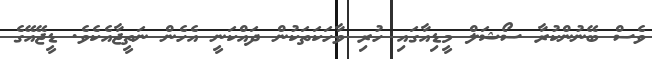
ވެސް ބޭނުންކުރާ ސޯޝަލް މީޑިއާގައި ހުރި ވާހަކަތަކުން ދައްކަނީ އެހެން ނަތީޖާއެކެވެ. ޑީޖޭއޭގެ